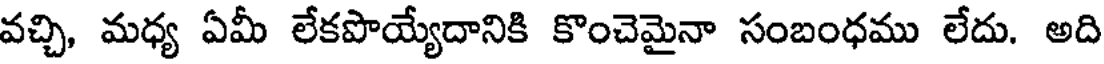
వచ్చి, మధ్య ఏమీ లేకపొయ్యేదానికి కొంచెమైనా సంబంధము లేదు. అది